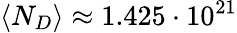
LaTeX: \langle N_{D}\rangle\approx 1.425\cdot 10^{21}